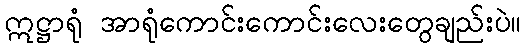
ဣဋ္ဌာရုံ အာရုံကောင်းကောင်းလေးတွေချည်းပဲ။